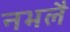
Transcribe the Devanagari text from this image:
नभलै